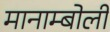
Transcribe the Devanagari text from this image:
मानाम्बोली